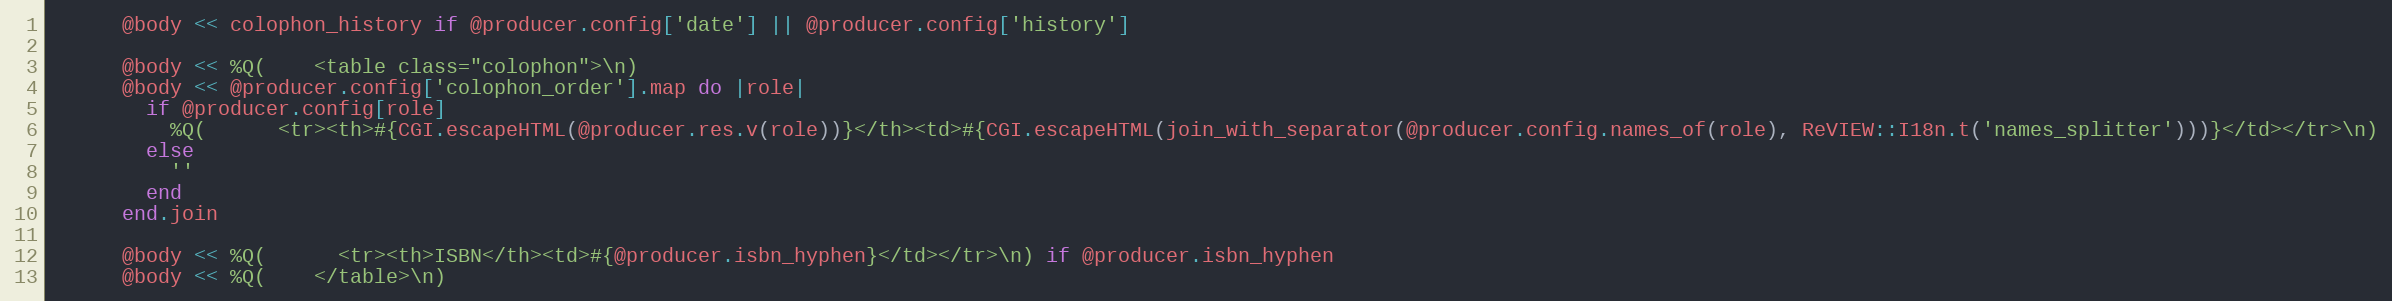
Language: Ruby
      @body << colophon_history if @producer.config['date'] || @producer.config['history']

      @body << %Q(    <table class="colophon">\n)
      @body << @producer.config['colophon_order'].map do |role|
        if @producer.config[role]
          %Q(      <tr><th>#{CGI.escapeHTML(@producer.res.v(role))}</th><td>#{CGI.escapeHTML(join_with_separator(@producer.config.names_of(role), ReVIEW::I18n.t('names_splitter')))}</td></tr>\n)
        else
          ''
        end
      end.join

      @body << %Q(      <tr><th>ISBN</th><td>#{@producer.isbn_hyphen}</td></tr>\n) if @producer.isbn_hyphen
      @body << %Q(    </table>\n)